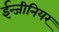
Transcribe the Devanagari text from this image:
ईन्जीनियर